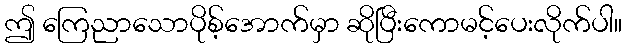
ဤ ကြေညာသောပိုစ့်အောက်မှာ ဆိုပြီးကောမင့်ပေးလိုက်ပါ။